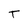
Character: T